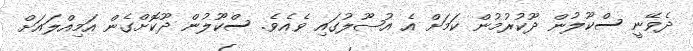
ދެވޭނީ ސްކޫލުން ދޫކުރުމުން ކަމަށް އެ އުޞޫލުގައި ވެއެވެ. ސްކޫލުން ދޫކޮށްގެން އަމިއްލައަށް